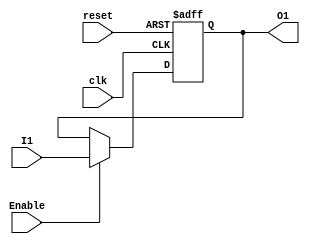
// Electronica Digital 1
// Proyecto Procesador
// Diego Estrada 19264


// Flip Flop D de un bit
module FlipFlopD1(
    input wire clk, reset, Enable, I1,
    output reg O1);

    always @ (posedge clk or posedge reset) begin
        if (reset) 
            O1 <= 1'b0;
        else if (Enable)
            O1 <= I1;
        end
endmodule


// FlipFlop Tipo D de dos bits.
module FlipFlopD2(
    input wire clk, reset, enabled,
    input wire [1:0]I2,
    output wire [1:0]O2);

    FlipFlopD1 B1(clk, reset, enabled, I2[0], O2[0]);
    FlipFlopD1 B2(clk, reset, enabled, I2[1], O2[1]);
endmodule


// FlipFlop Tipo D de cuatro bits.
module FlipFlopD4(
    input wire clk, reset, enabled,
    input wire [3:0]I3,
    output wire [3:0]O3);

    FlipFlopD2 C1(clk, reset, enabled, I3[3:2], O3[3:2]);
    FlipFlopD2 C2(clk, reset, enabled, I3[1:0], O3[1:0]);
endmodule


// Flip Flop T
module FlipFlopT(
    input wire clk, reset, enabled,
    output wire O1);

    FlipFlopD1 D1(clk, reset, enabled, ~O1, O1);
endmodule


// Modulo para FlipFlop de 1 bit para phase
module FlipFlopD_1(
    input wire clk, reset, I, 
    output reg O);

    always @ (posedge clk or posedge reset) begin
        if (reset) 
            O <= 1'b0;
        else 
            O <= I;
    end
endmodule


// Contador de 12 bits
module Counter(
    input wire clk, reset, Enable, P,
    input wire [11:0]load,
    output reg [11:0]exit);

        always @ (posedge clk or posedge reset)begin 
            if (reset == 1) 
                exit <= 12'b000000000000;
            
            else if(Enable == 1 && ~P) 
                exit <= exit + 1;
            
            else if(P == 1) // Mientras non sea 1, el valor va a ser el de load
                exit <= load;
            end
endmodule


// Memoria ROM de 4kx8
module ROM_4kx8 (
    input wire [11:0] I,
    output wire [7:0] O);
    reg [7:0] memo[0:4095];

    initial begin 
        $readmemh("memory.list", memo);
    end

    assign O = memo[I];

endmodule 


// Modulo de Fetch(registro)
module Fetch(
    input wire clk, reset, Enable2,
    input wire [7:0]I,
    output wire [3:0]O1,
    output wire [3:0]O2);

        FlipFlopD4 C1(clk, reset, Enable2, I[7:4], O1);
        FlipFlopD4 C2(clk, reset, Enable2, I[3:0], O2);
endmodule


//Buffer Tri Estado de cuatro bits
module BufferTri(
    input wire Enable,
    input wire [3:0]inputs,
    output wire [3:0]outputs);

        assign outputs = (Enable) ? inputs:4'bz;
endmodule


// Decode
module Dec(
    input wire [6:0]I,
    output wire [12:0]R);
    reg [12:0] O;

        always @ (I)begin
                O = 0;
                casez (I)
                    7'b????_??0: O <= 13'b1000_000_001000;    //ANY
                    7'b0000_1?1: O <= 13'b0100_000_001000;    //JC
                    7'b0000_0?1: O <= 13'b1000_000_001000;    
                    7'b0001_1?1: O <= 13'b1000_000_001000;    //JNC
                    7'b0001_0?1: O <= 13'b0100_000_001000;    
                    7'b0010_??1: O <= 13'b0001_001_000010;    //CMPI
                    7'b0011_??1: O <= 13'b1001_001_100000;    //CMPM
                    7'b0100_??1: O <= 13'b0011_010_000010;    //LIT
                    7'b0101_??1: O <= 13'b0011_010_000100;    //IN
                    7'b0110_??1: O <= 13'b1011_010_100000;    //LD
                    7'b0111_??1: O <= 13'b1000_000_111000;    //ST
                    7'b1000_?11: O <= 13'b0100_000_001000;    //JZ
                    7'b1000_?01: O <= 13'b1000_000_001000;
                    7'b1001_?11: O <= 13'b1000_000_001000;    //JNZ
                    7'b1001_?01: O <= 13'b0100_000_001000;
                    7'b1010_??1: O <= 13'b0011_011_000010;    //ADDI
                    7'b1011_??1: O <= 13'b1011_011_100000;    //ADDM
                    7'b1100_??1: O <= 13'b0100_000_001000;    //JMP
                    7'b1101_??1: O <= 13'b0000_000_001001;    //OUT
                    7'b1110_??1: O <= 13'b0011_100_000010;    //NANDI
                    7'b1111_??1: O <= 13'b1011_100_100000;    //NANDM
                    default: O <= 13'b1111111111111;
                endcase
        end
        assign R = O;
endmodule


// Memoria RAM
module RAM (
    input wire Enable, write,
    input wire [11:0] addres,
    output wire [3:0] data);

    reg [3:0]RAM[0:4095];
    reg [3:0]dataout;
    assign data = (Enable && ~write) ? dataout: 4'bzzzz;

    always @(Enable, write, addres, data) begin
        if (Enable & ~write)
            dataout = RAM[addres];
        if (Enable && write)
            RAM[addres] = data;
    end

    initial begin
        RAM[0] = 4'b0011;
    end
endmodule


// Modulo para la ALU
module ALU(
    input [3:0] I1,
    input [3:0] I2,
    input [2:0] com,
    output carry, zero,
    output [3:0] res);
    
    reg [4:0] regr;
    
    always @ (I1, I2, com)
        case (com)
            3'b000: regr = I1;
            3'b001: regr = I1 - I2;
            3'b010: regr = I2;
            3'b011: regr = I1 + I2;
            3'b100: regr = {1'b0, ~(I1 & I2)};
            default: regr = 5'b10101;
        endcase
    
    assign res = regr[3:0];
    assign carry = regr[4];
    assign zero = ~(regr[3] | regr[2] | regr[1] | regr[0]);
    
endmodule


// Modulo para el Acumulador
module Accu(
    input wire clk, reset, Enable,
    input wire [3:0]I, 
    output wire [3:0]O);

      FlipFlopD2 D1(clk, reset, Enable, I[3:2], O[3:2]);
      FlipFlopD2 D2(clk, reset, Enable, I[1:0], O[1:0]);
endmodule


// Modulo para Flags
module Flags(
    input wire clock, reset, En,
    input wire D1, D2,
    output wire Ze, C);

        FlipFlopD1 S1(clock, reset, En, D1, Ze);
        FlipFlopD1 S2(clock, reset, En, D2, C);

endmodule


// Modulo para Phase
module Phase(
    input wire clk, reset, 
    output wire O);
    
        FlipFlopD_1 D1(clk, reset, ~Q, Q);
endmodule


// Modulo principal del procesador
module uP(
    input wire clock, reset,
    input wire [3:0]pushbuttons,
    output wire phase, c_flag, z_flag,
    output wire [3:0] instr, oprnd, accu, data_bus, FF_out,
    output wire [7:0] program_byte,
    output wire [11:0] PC, address_RAM);

        wire [3:0] O_ALU;
        wire [12:0]O_DEC;
        wire [6:0]I_DEC;
        wire A, B;

        assign address_RAM = {oprnd, program_byte};
        assign I_DEC = {instr, c_flag, z_flag, phase};

        FlipFlopD4      OFFD4(clock, reset, O_DEC[0], data_bus, FF_out);
        FlipFlopT       Phase(clock, reset, 1'b1, phase);
        Counter         Program_Counter(clock, reset, O_DEC[12], O_DEC[11], address_RAM, PC);
        ROM_4kx8        ROM(PC, program_byte);
        RAM             RAM(O_DEC[5], O_DEC[4], address_RAM, data_bus);
        Fetch           Fetch(clock, reset, ~phase, program_byte, instr, oprnd);
        BufferTri       BFetch(O_DEC[1], oprnd, data_bus);
        BufferTri       BIn(O_DEC[2], pushbuttons, data_bus);
        BufferTri       BALU(O_DEC[3], O_ALU , data_bus);
        Dec             Decoder(I_DEC, O_DEC);
        ALU             ALU(accu, data_bus, O_DEC[8:6], B, A, O_ALU);
        Accu            Accumulator(clock, reset, O_DEC[10], O_ALU, accu);
        Flags           C_Flag(clock, reset, O_DEC[9], A, B, z_flag, c_flag);
endmodule